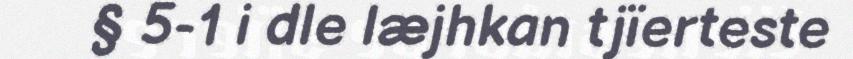
§ 5-1 i dle læjhkan tjïerteste